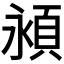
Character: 𬱁